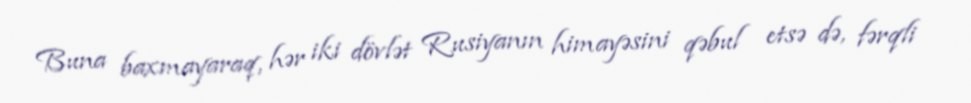
Buna baxmayaraq, hər iki dövlət Rusiyanın himayəsini qəbul etsə də, fərqli